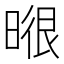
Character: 𭦶